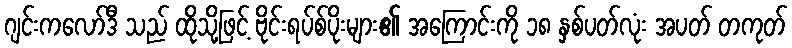
ဂျင်းကလော်ဒီ သည် ထိုသို့ဖြင့် ဗိုင်းရပ်စ်ပိုးများ၏ အကြောင်းကို ၁၈ နှစ်ပတ်လုံး အပတ် တကုတ်